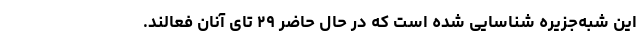
این شبه‌جزیره شناسایی شده است که در حال حاضر ۲۹ تای آنان فعالند.